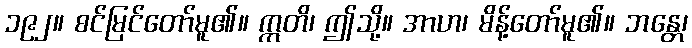
၁၉၂။ စင်မြင်တော်မူ၏။ ဣတိ၊ ဤသို့။ အာဟ၊ မိန့်တော်မူ၏။ ဘန္တေ၊